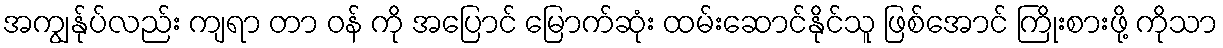
အကျွန်ုပ်လည်း ကျရာ တာ ဝန် ကို အပြောင် မြောက်ဆုံး ထမ်းဆောင်နိုင်သူ ဖြစ်အောင် ကြိုးစားဖို့ ကိုသာ